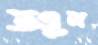
তণ্ডুল